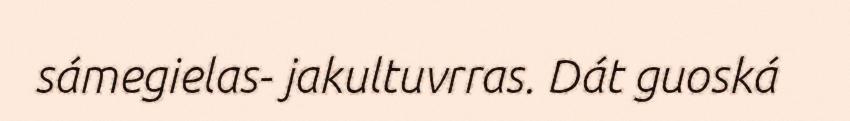
sámegielas- jakultuvrras. Dát guoská